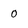
Character: 0